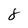
Character: 8